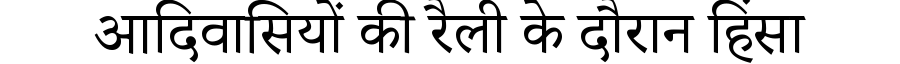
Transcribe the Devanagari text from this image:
आदिवासियों की रैली के दौरान हिंसा